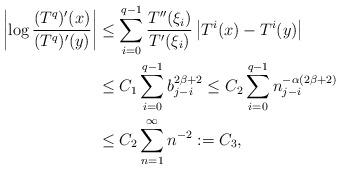
LaTeX: \begin{align*} \left| \log \frac{ (T^q)' (x) } { (T^q)' (y) } \right| &\le \sum_{i=0}^{q-1} \frac{ T''(\xi_i) } {T'(\xi_i) } \left| T^i(x) - T^i(y) \right| \\ &\le C_1 \sum_{i=0}^{q-1} b_{j-i}^{2\beta+2} \le C_2 \sum_{i=0}^{q-1} n_{j-i}^{-\alpha (2\beta+2)} \\ &\le C_2 \sum_{n=1}^\infty n^{-2} := C_3,\end{align*}